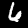
Label: 6